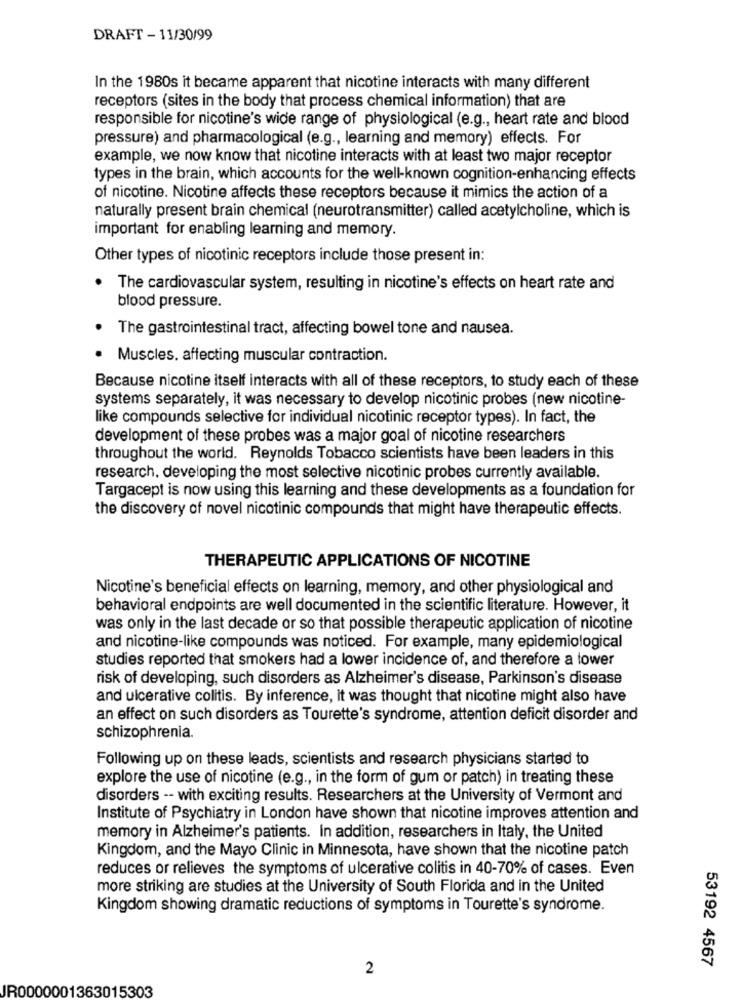
DRAFT - 11/30/99
In the 1980s it became apparent that nicotine interacts with many different
receptors (sites in the body that process chemical information) that are
responsible for nicotine's wide range of physiological (e.g ., heart rate and blood
pressure) and pharmacological (e.g ., learning and memory) effects. For
example, we now know that nicotine interacts with at least two major receptor
types in the brain, which accounts for the well-known cognition-enhancing effects
of nicotine. Nicotine affects these receptors because it mimics the action of a
naturally present brain chemical (neurotransmitter) called acetylcholine, which is
important for enabling learning and memory.
Other types of nicotinic receptors include those present in:
. The cardiovascular system, resulting in nicotine's effects on heart rate and
blood pressure.
. The gastrointestinal tract, affecting bowel tone and nausea.
Muscles, affecting muscular contraction.
Because nicotine itself interacts with all of these receptors, to study each of these
systems separately, it was necessary to develop nicotinic probes (new nicotine-
like compounds selective for individual nicotinic receptor types). In fact, the
development of these probes was a major goal of nicotine researchers
throughout the world. Reynolds Tobacco scientists have been leaders in this
research, developing the most selective nicotinic probes currently available.
Targacept is now using this learning and these developments as a foundation for
the discovery of novel nicotinic compounds that might have therapeutic effects.
THERAPEUTIC APPLICATIONS OF NICOTINE
Nicotine's beneficial effects on learning, memory, and other physiological and
behavioral endpoints are well documented in the scientific literature. However, it
was only in the last decade or so that possible therapeutic application of nicotine
and nicotine-like compounds was noticed. For example, many epidemiological
studies reported that smokers had a lower incidence of, and therefore a tower
risk of developing, such disorders as Alzheimer's disease, Parkinson's disease
and ulcerative colitis. By inference, it was thought that nicotine might also have
an effect on such disorders as Tourette's syndrome, attention deficit disorder and
schizophrenia.
Following up on these leads, scientists and research physicians started to
explore the use of nicotine (e.g ., in the form of gum or patch) in treating these
disorders -- with exciting results. Researchers at the University of Vermont and
Institute of Psychiatry in London have shown that nicotine improves attention and
memory in Alzheimer's patients. In addition, researchers in Italy, the United
Kingdom, and the Mayo Clinic in Minnesota, have shown that the nicotine patch
reduces or relieves the symptoms of ulcerative colitis in 40-70% of cases. Even
more striking are studies at the University of South Florida and in the United
Kingdom showing dramatic reductions of symptoms in Tourette's syndrome.
53192 4567
2
JR0000001363015303